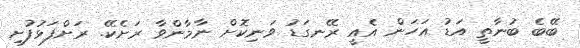
ބޭބެ ބުނާތީ އަޑު އަހަން އެއީ ރޭނގަޑު ވަނިކޮށް ނާމާންވާ ރަށެކޭ. ރަށްފަޅުފުށި